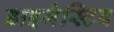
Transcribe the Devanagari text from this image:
डाइजेस्टिव